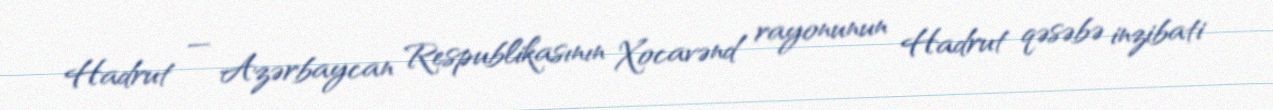
Hadrut — Azərbaycan Respublikasının Xocavənd rayonunun Hadrut qəsəbə inzibati